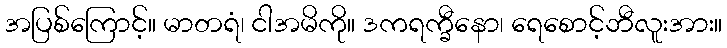
အပြစ်ကြောင့်။ မာတရံ၊ ငါအမိကို။ ဒကရက္ခီနော၊ ရေစောင့်ဘီလူးအား။